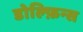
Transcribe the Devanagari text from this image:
डोल्फ़िन्स